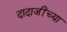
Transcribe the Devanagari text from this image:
दादाजींच्या